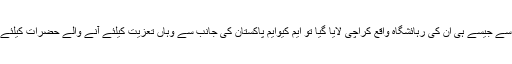
دریں اثنا سبیکا کا جسد خاکی امریکہ سے جیسے ہی ان کی رہائشگاہ واقع کراچی لایا گیا تو ایم کیوایم پاکستان کی جانب سے وہاں تعزیت کیلئے آنے والے حضرات کیلئے خصوصی انتظامات بھی کئے گئے ۔